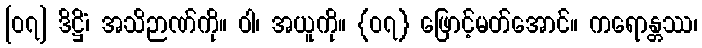
[၀၇] ဒိဋ္ဌိံ၊ အသိဉာဏ်ကို။ ဝါ၊ အယူကို။ {၀၇} ဖြောင့်မတ်အောင်။ ကရောန္တဿ၊